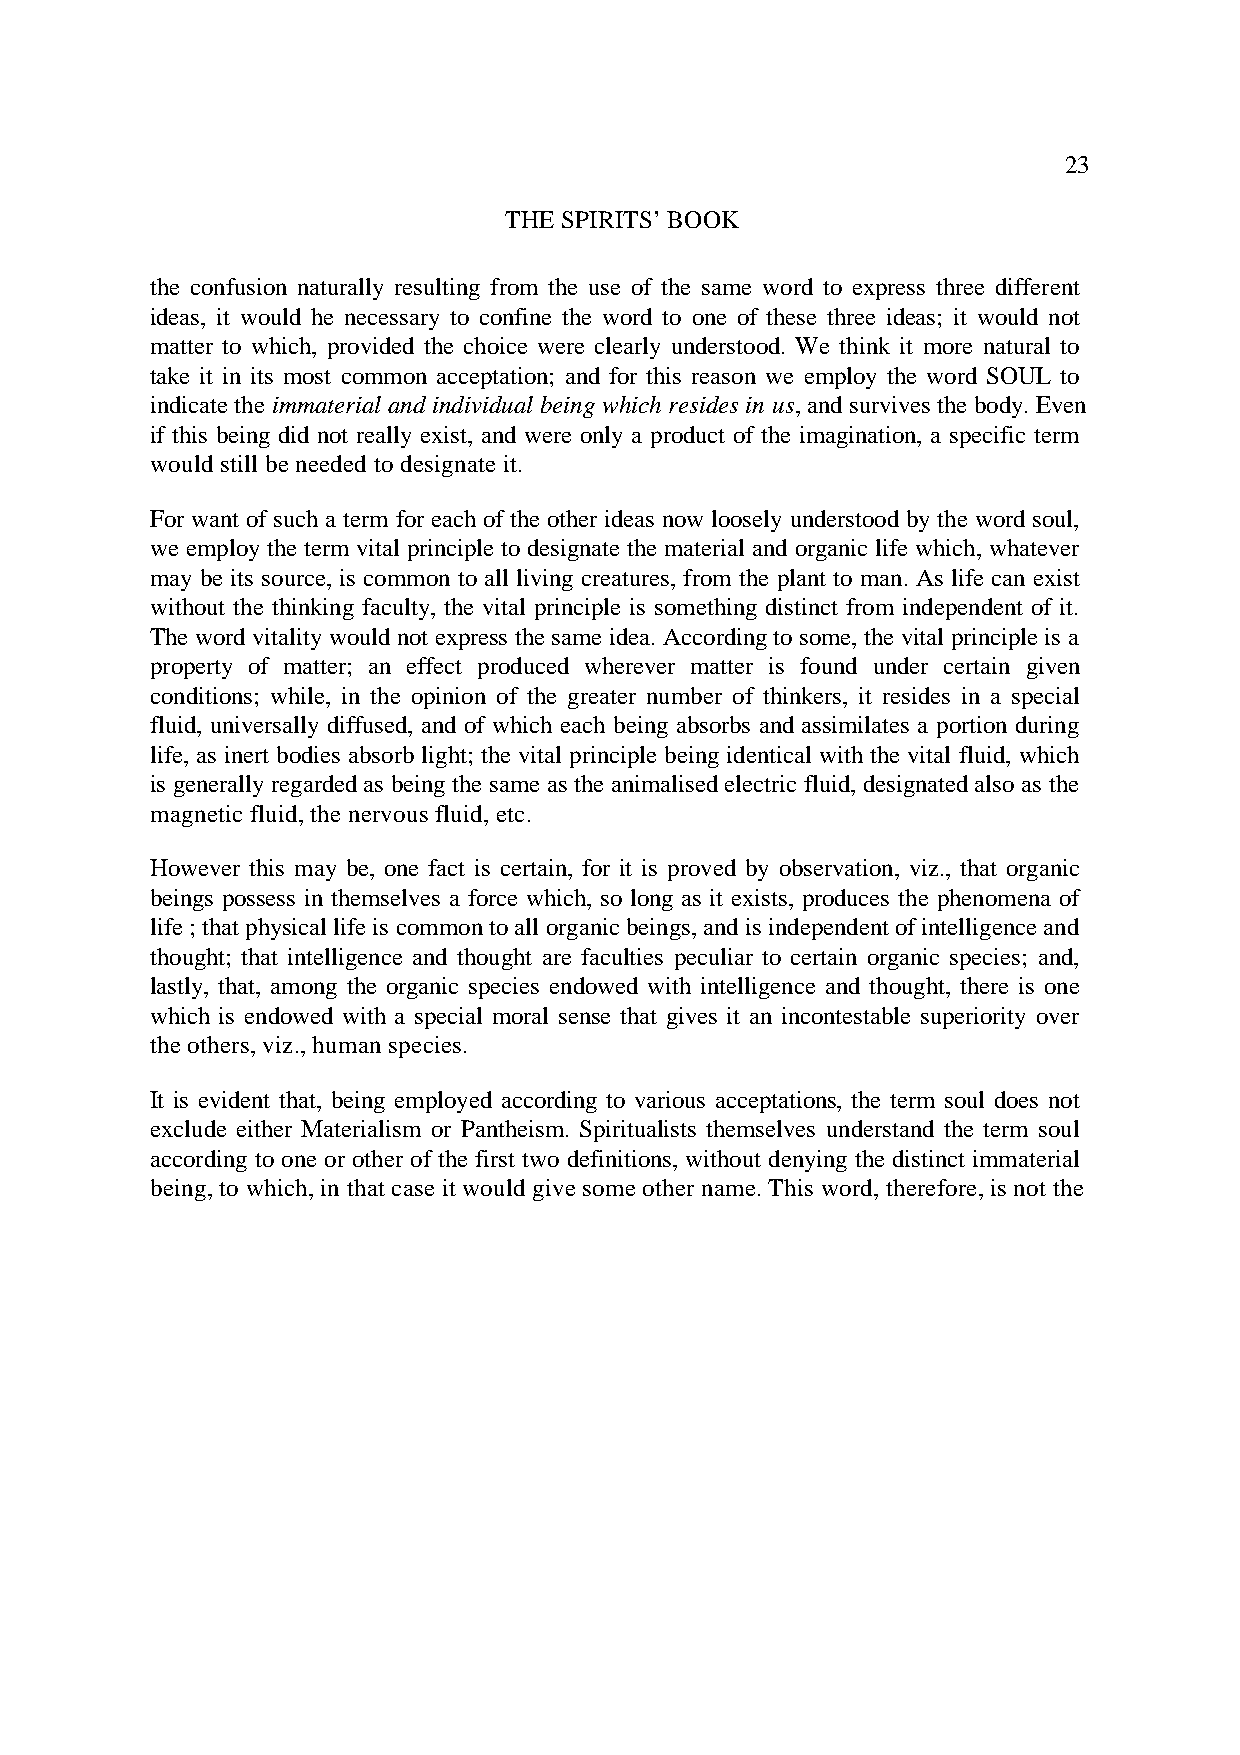
23
 THE SPIRITS’ BOOK
 the confusion naturally resulting from the use of the same word to express three different
 ideas, it would he necessary to confine the word to one of these three ideas; it would not
 matter to which, provided the choice were clearly understood. We think it more natural to
 take it in its most common acceptation; and for this reason we employ the word SOUL to
 indicate the immaterial and individual being which resides in us , and survives the body. Even
 if this being did not really exist, and were only a product of the imagination, a specific term
 would still be needed to designate it.
 For want of such a term for each of the other ideas now loosely understood by the word soul,
 we employ the term vital principle to designate the material and organic life which, whatever
 may be its source, is common to all living creatures, from the plant to man. As life can exist
 without the thinking faculty, the vital principle is something distinct from independent of it.
 The word vitality would not express the same idea. According to some, the vital principle is a
 property of matter; an effect produced wherever matter is found under certain given
 conditions; while, in the opinion of the greater number of thinkers, it resides in a special
 fluid, universally diffused, and of which each being absorbs and assimilates a portion during
 life, as inert bodies absorb light; the vital principle being identical with the vital fluid, which
 is generally regarded as being the same as the animalised electric fluid, designated also as the
 magnetic fluid, the nervous fluid, etc.
 However this may be, one fact is certain, for it is proved by observation, viz., that organic
 beings possess in themselves a force which, so long as it exists, produces the phenomena of
 life ; that physical life is common to all organic beings, and is independent of intelligence and
 thought; that intelligence and thought are faculties peculiar to certain organic species; and,
 lastly, that, among the organic species endowed with intelligence and thought, there is one
 which is endowed with a special moral sense that gives it an incontestable superiority over
 the others, viz., human species.
 It is evident that, being employed according to various acceptations, the term soul does not
 exclude either Materialism or Pantheism. Spiritualists themselves understand the term soul
 according to one or other of the first two definitions, without denying the distinct immaterial
 being, to which, in that case it would give some other name. This word, therefore, is not the